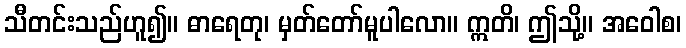
သီတင်းသည်ဟူ၍။ ဓာရေတု၊ မှတ်တော်မူပါလော။ ဣတိ၊ ဤသို့။ အဝေါစ၊